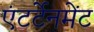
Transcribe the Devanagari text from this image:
एंटर्टेनमेंट